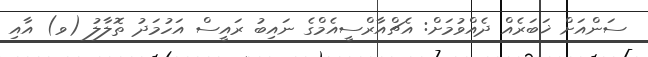
ސަންއަށް ޚަބަރެއް ދެއްވުމަށް: އެޗްއާރްސީއެމްގެ ނައިބު ރައީސް އަހުމަދު ތޮލާލު (ވ) އާއި